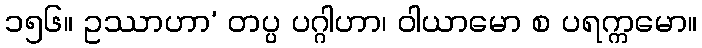
၁၅၆။ ဥဿာဟာ’ တပ္ပ ပဂ္ဂါဟာ၊ ဝါယာမော စ ပရက္ကမော။